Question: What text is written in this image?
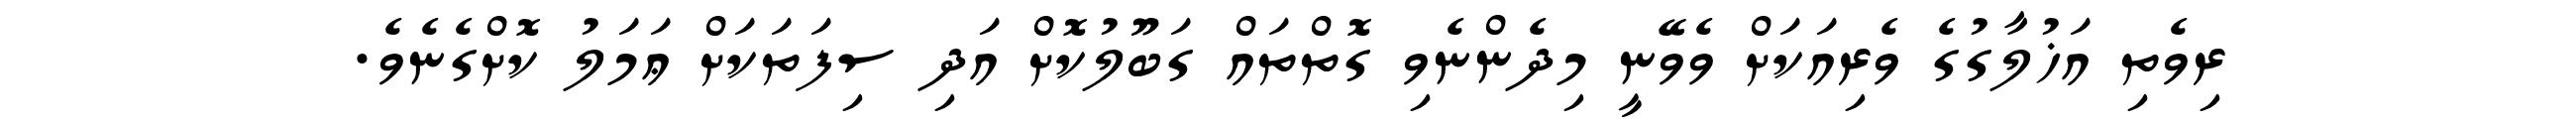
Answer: ރިވެތި އަޚުލާގުގެ ވެރިއަކަށް ވެވޭނީ މިދެންނެވި ގޮތްތައް ގަބޫލުކޮށް އަދި ސިފަތަކަށް ޢަމަލު ކޮށްގެނެވެ.